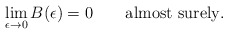
\begin{align*}\lim_{\epsilon\to0}B(\epsilon)=0\qquad\mbox{almost surely}.\end{align*}